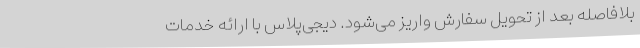
بلافاصله بعد از تحویل سفارش واریز می‌شود. دیجی‌پلاس با ارائه خدمات